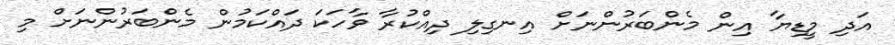
އަދި މީޑިޔާ އިން މެންބަރުންނަށް އިނގިލި ދިއްކުރާ ވާހަކަ ދައްކަމުން މެންބަރުންނަށް މި